Regulations for the medical services of the Army of India
Year: 1930
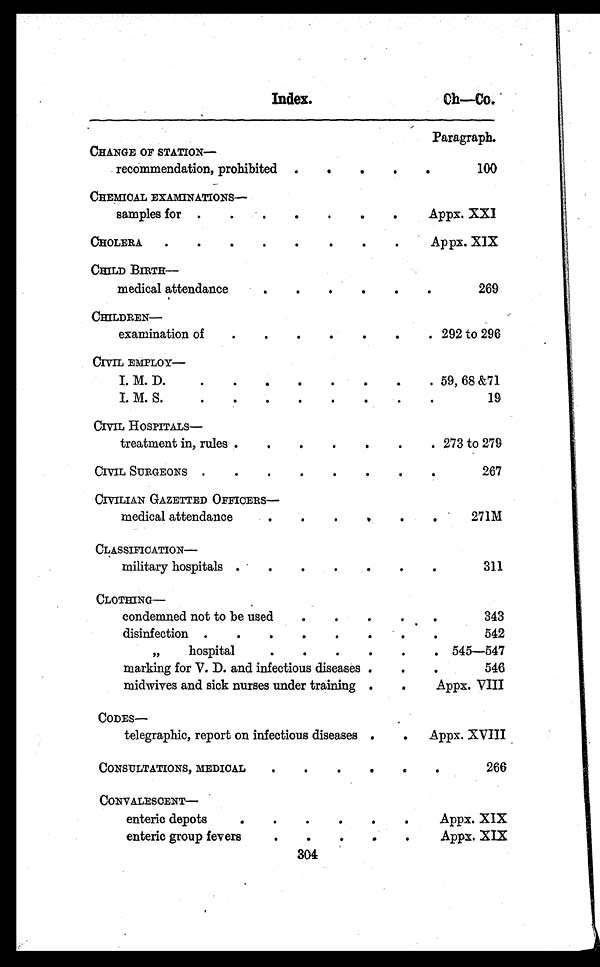
Index.
Ch—Co.
Paragraph.
CHANGE OF STATION-
recommendation, prohibited .
.
.
.
.
100
CHEMICAL EXAMINATIONS-
samples for .
.
.
.
.
. .
Appx.XXI
CHOLERA
.
.
.
. .
.
.
.
Appx.XIX
CHILD BIRTH
medical attendance
.
.
.
.
.
.
269
CHILDREN-
examination of
. . . . . . . 292 to 296
CIVIL EMPLOY-
I. M. D.
. . . . . . . . 59, 68 &71
I. M. S.
.
.
.
.
.
'
.
19
CIVIL HOSPITALS
treatment in, rules .
.
.
. . . . 273 to 279
CIVIL SURGEONS .
.
.
.
.
.
.
.
267
CIVILIAN GAZETTED OFFICERS-
medical attendance
.
.
.
. .
.
271M
CLASSIFICATION-
military hospitals .
. . . . . . .
311
CLOTHING-
condemned not to be used
343
.
.
disinfection .
.
.
.
.
.
.
542
„
hospital
.
.
.
. 545-547
marking for V. D. and infectious diseases .
.
.
546
midwives and sick nurses under training . .
Appx. VIII
CODES-
telegraphic, report on infectious diseases .
.
Appx. XVIII
CONSULTATIONS, MEDICAL
.
.
.
.
.
.
266
CONVALESCENT-
enteric depots
•
.
'
.
.
•
Appx. XIX
enteric group fevers
.
.
•
•
.
Appx. XIX
304